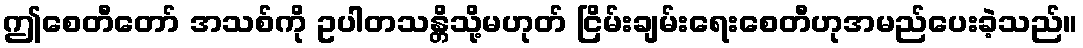
ဤစေတီတော် အသစ်ကို ဥပါတသန္တိသို့မဟုတ် ငြိမ်းချမ်းရေးစေတီဟုအမည်ပေးခဲ့သည်။